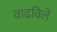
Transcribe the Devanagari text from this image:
वाढविलें